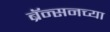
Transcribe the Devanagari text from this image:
ब्रॅन्सनच्या